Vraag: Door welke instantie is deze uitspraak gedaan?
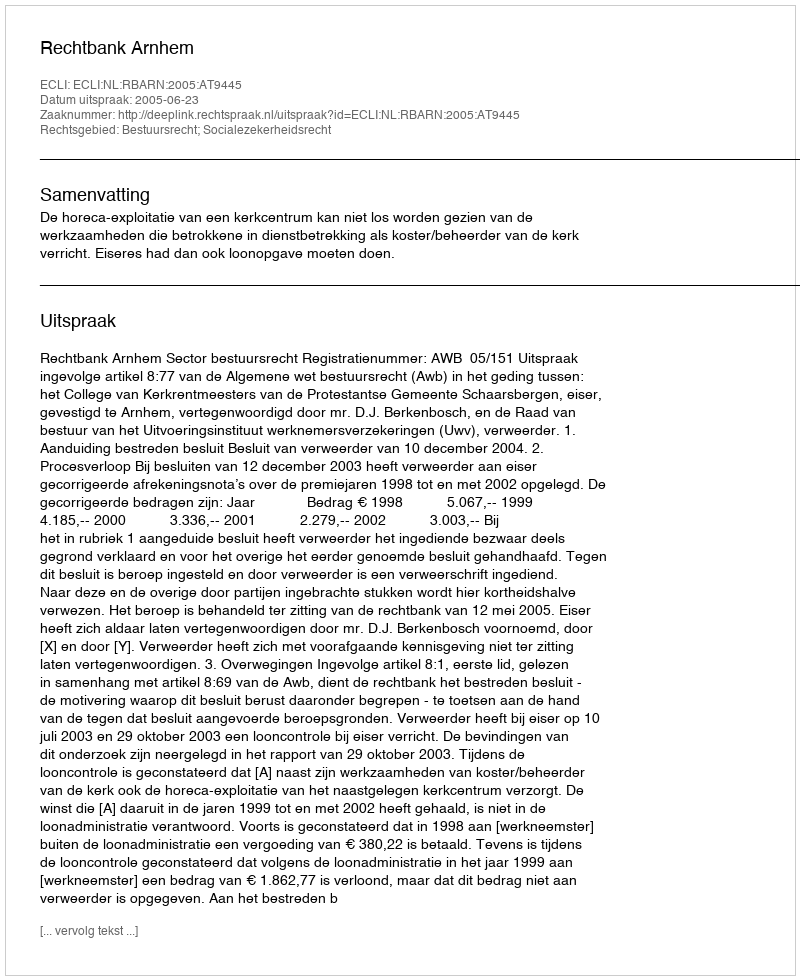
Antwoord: Rechtbank Arnhem